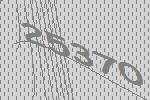
25370